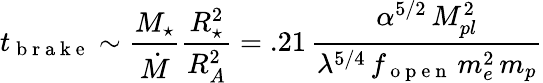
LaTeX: t_{\mathrm{~b~r~a~k~e~}}\sim\frac{M_{\star}}{\dot{M}}\frac{R_{\star}^{2}}{R_{A}^{2}}=.21\, \frac{\alpha^{5/2}\, M_{pl}^{2}}{\lambda^{5/4}\, f_{\mathrm{~o~p~e~n~}}\, m_{e}^{2}\, m_{p}}